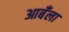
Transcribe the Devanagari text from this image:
आबँला